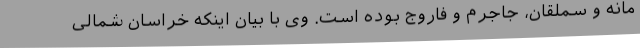
مانه و سملقان، جاجرم و فاروج بوده است. وی با بیان اینکه خراسان شمالی